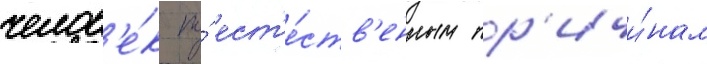
челов'е́к по́ ест'е́ств'енным пр'ичи́нам